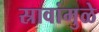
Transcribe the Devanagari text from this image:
स्रावांमुळे